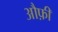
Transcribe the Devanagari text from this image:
औफ़ी